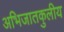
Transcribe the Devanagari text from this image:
अभिजातकुलीय